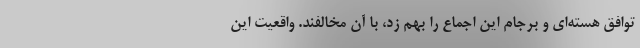
توافق هسته‌ای و برجام این اجماع را بهم زد، با آن مخالفند. واقعیت این